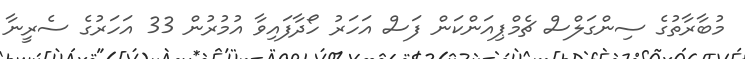
މުބާރާތުގެ ސިންގަލްސް ޗެމްޕިއަންކަން ފަސް އަހަރު ހޯދާފައިވާ އުމުރުން 33 އަހަރުގެ ސެރީނާ